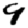
Digit: 9